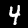
Digit: 4